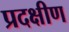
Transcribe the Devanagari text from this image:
प्रदक्षीण